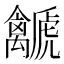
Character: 𧈛